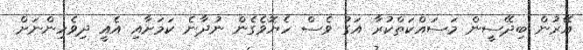
އޭރުން ބިދޭސީން މަސައްކަތްކުރާ އަގު ވެސް ހެޔޮވެގެން ނުދާނެ ކަމަށާއި އެއީ ދިވެހިންނަށް